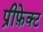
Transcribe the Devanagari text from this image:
प्रीफ़ेक्ट